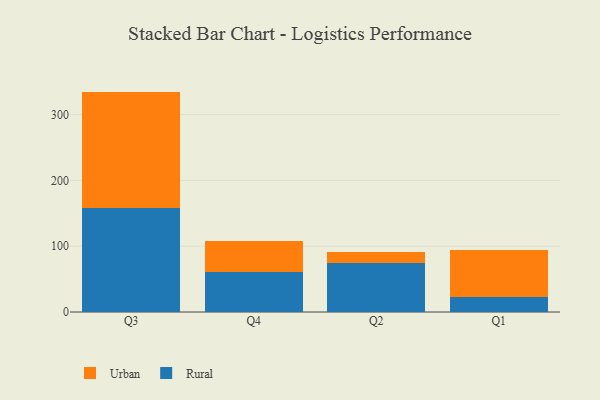
{"axis": {"x": "Quarter", "y": "Energy Usage (MWh)"}, "legend": ["Rural", "Urban"], "data": [{"x": "Q3", "y": 158.5, "type": "Rural"}, {"x": "Q3", "y": 176.4, "type": "Urban"}, {"x": "Q4", "y": 60.3, "type": "Rural"}, {"x": "Q4", "y": 48.3, "type": "Urban"}, {"x": "Q2", "y": 74.8, "type": "Rural"}, {"x": "Q2", "y": 16.4, "type": "Urban"}, {"x": "Q1", "y": 22.2, "type": "Rural"}, {"x": "Q1", "y": 72.0, "type": "Urban"}]}